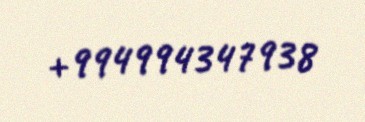
+994994347938